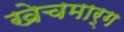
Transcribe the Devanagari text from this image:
खेचमार्ग